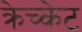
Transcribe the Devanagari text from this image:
क्रेच्केट